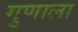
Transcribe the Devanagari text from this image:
गुणाला